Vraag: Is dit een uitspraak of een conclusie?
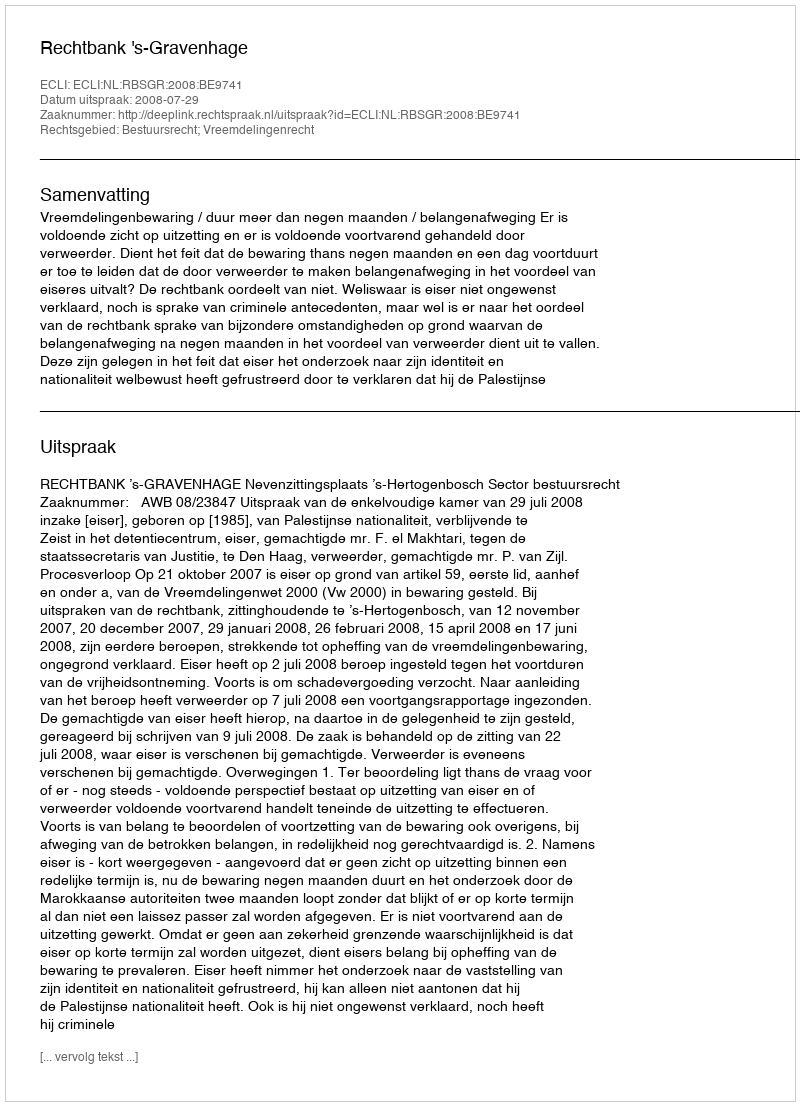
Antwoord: Uitspraak